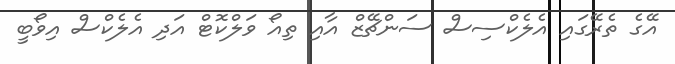
އޭގެ ތެރޭގައި އެލެކްސިސް ސަންޗޭޒް އާއި ތިއޯ ވަލްކޮޓް އަދި އެލެކްސް އިވޯބީ